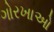
ગોરખાઓ